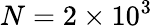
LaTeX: N=2\times 10^{3}